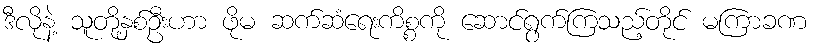
ဒီလိုနဲ့ သူတို့နှစ်ဦးဟာ ဖိုမ ဆက်ဆံရေးကိစ္စကို ဆောင်ရွက်ကြသည့်တိုင် မကြာခဏ